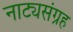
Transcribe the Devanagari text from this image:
नाट्यसंग्रह